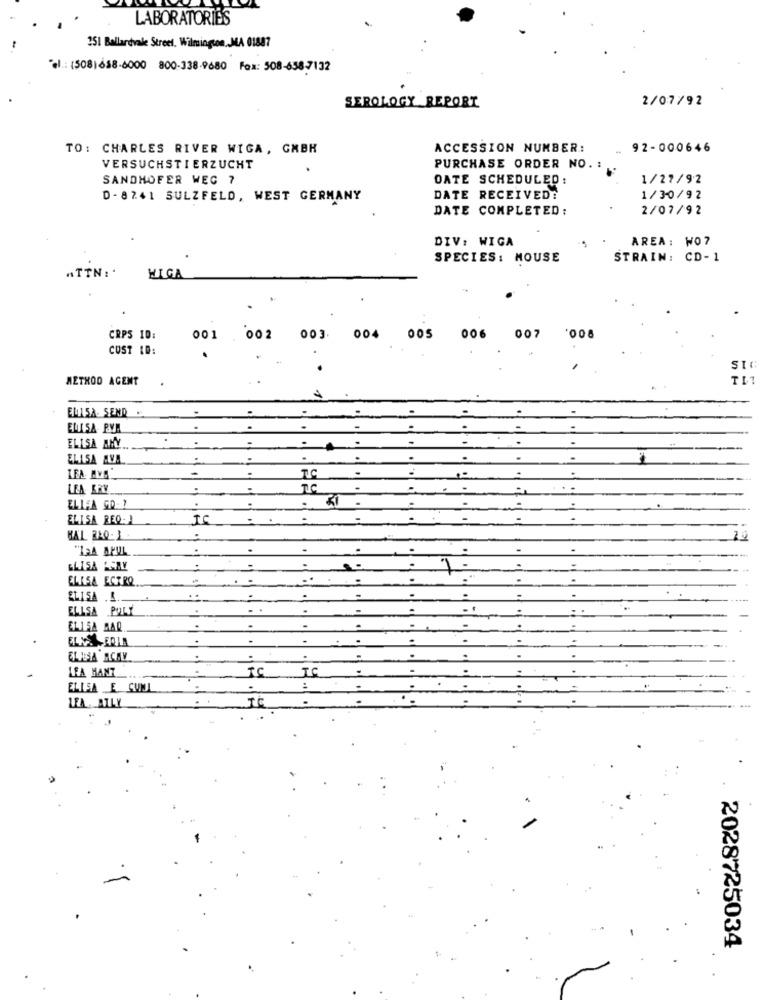
LABORATORIES
351 Ballardvale Street. Wilmington, MA 01887
el .: (508)658-6000 800-338-9680 Fox: 508-658-7132
2/07/92
SEROLOGY REPORT
TO: CHARLES RIVER WIGA, GMBH
ACCESSION NUMBER:
92-000646
VERSUCHSTIERZUCHT
PURCHASE ORDER NO. :
SANDHOFER WEG 7
DATE SCHEDULED :
1/27/92
D- 8241 SULZFELD, WEST GERMANY
DATE RECEIVED?
1/30/92
DATE COMPLETED:
2/07/92
DIV: WIGA
AREA: W07
SPECIES: MOUSE
STRAIN: CD-1
IN:
HIGA
CRPS 10:
001 . 002 003. 004 005 006 007 '008
COST ID:
METHOD AGENT
ELISA SEND.
ELLISA PVM
ELISA AMY.
ELISA AVA
LEA. IVA
LEA KRV
ELLEA GD- 7
ELISA REQ: 1
TC
HAL RLO- 1
"TEA APUL
ELISA PENY
ELISA ECTRO
ELISA .I.
ELISA POLY
ELISA BAQ
ALIGHA ACAV
LEA HANT _..
ELISA E SUN
LEA. ATLY
2028725034